Vaccination North-Western Provinces 1866-1877 - 1866-1877
Year: 1866
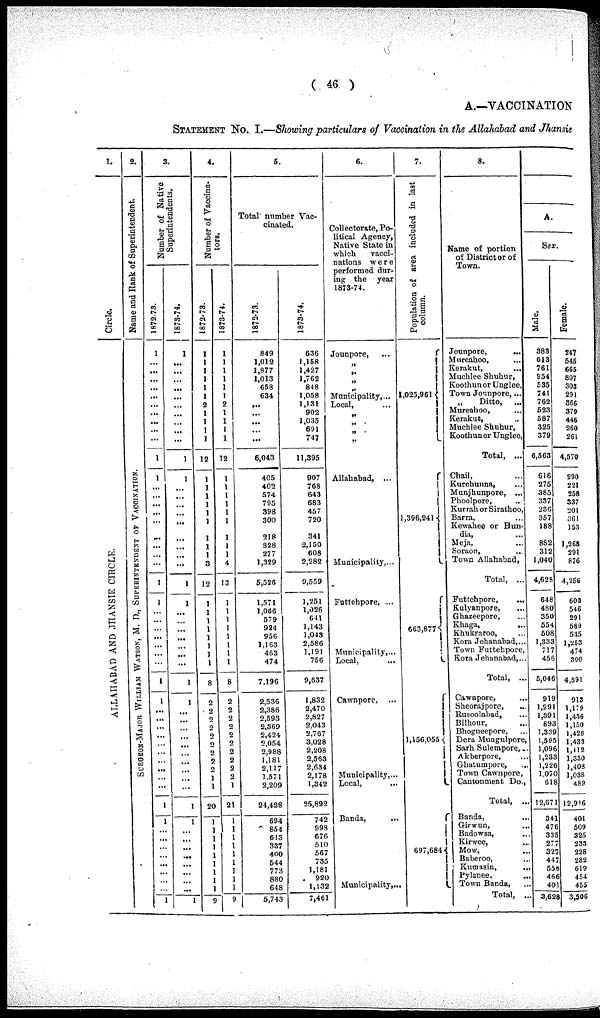
( 46 )
A.—VACCINATION
STATEMENT No. I.—Showing particulars of Vaccination in the Allahabad and Jhansie
1.
Circle.
ALLAHABAD
AND JHANSIE CIRCLE.
2.
Name and Rank of Superintendent.
SURGEON-MAJOR
WILLIAM WATSON, M.D., SUPERINTENDENT OF VACCINATION.
3.
Number of Native
Superintendents.
1872-73.
1
...
...
...
...
...
...
...
...
...
...
1
1
...
...
...
...
...
...
...
...
...
1
1
...
...
...
...
...
...
...
1
1
...
...
...
...
...
...
...
...
...
...
1
1
...
...
...
...
...
...
...
...
1
1873-74.
1
...
...
...
...
...
...
...
...
...
...
1
1
...
...
...
...
...
...
...
...
...
1
1
...
...
...
...
...
...
...
1
1
...
...
...
...
...
...
...
...
...
...
1
1
...
...
...
...
...
...
...
...
1
4.
Number of Vaccina-
tors.
1872-73.
1
1
1
1
1
1
2
1
1
1
1
12
1
1
1
1
1
1
1
1
1
3
12
1
1
1
1
1
1
1
1
8
2
2
2
2
2
2 2
2
2
1
1
20
1
1
1
1
1
1
1
1
1
9
1873-74.
1
1
1
1
1
1
2
1
1
1
1
12
1
1
1
1
1
1
1
1
1
4
13
1
1
1
1
1
1
1
1
8
2
2
2
2
2
2
2
2
2
2
1
21
1
1
1
1
1
1
1
1
1
9
5.
Total number Vac-
cinated.
1872-73.
849
1,012
1,877
1,013
658
634
...
...
...
...
...
6,043
405
402
574
795
398
300
218
328
277
1,329
5,526
1,571
1,066
579
924
956
1,163
463
474
7,196
2,536
2,386
2,593
2,369
2,424
2,054
2,988
1,181
2,117
1,571
2,209
24,428
694
854
613
337
400
544
773
880
648
5,743
1873-74.
636
1,158
1,427
1,762
848
1,058
1,131
902
1,035
691
747
11,395
907
768
643
683
457
720
341
2,150
608
2,282
9,559
1,251
1,026
641
1,143
1,048
2,586
1,191
756
9,637
1,832
2,470
2,827
2,043
2,767
3,028
2,208
2,563
2,634
2,178
1,342
25,892
742
998
676
510
567
735
1,181
920
1,132
7,461
6.
Collectorate, Po-
litical Agency,
Native State in
which.
vacci-
nations were
performed dur-
ing the year
1873-74.
Jounpore, ...
„
„
„
„
Municipality, ...
Local,
...
„
„
„
„
Allahabad, ...
Municipality,...
Futtehpore, ...
Muncipality, ...
Local, ...
Cawnporc, ...
Municipality,...
Local, ...
Banda, ...
Municipality...
7.
Population of area included in last
column.
1,025,961
1,396,241
663,877
1,156,055
697,684
8.
Name of portion
of District or of
Town.
Jounpore,
...
Mureahoo, ...
Kerakut, ...
Muchlee Shuhur,
Koothun or Unglee,
Town Jounpore,...
„
Ditto, ...
Mureahoo, ...
Kerakut, ...
Muchlee Shuhur,
Koothun or Unglee,
Total, ...
Chail, ...
Kurchunna, ...
Munjhunpore, ...
Phoolpore, ...
Kurrah or Sirathoo,
Barra, ...
Kewahee or Hun-
dia, ...
Meja, ...
Soraon, ...
Town Allahabad,
Total, ...
Futtehpore, ...
Kulyanpore, ...
Ghazeepore,
Khaga, ...
Khukraroo, ...
Kora Jehanabad,...
Town Futtehpore,
Kora Jehanabad,...
Total, ...
Cawnpore, ...
Sheorajpore, ...
Rusoolabad, ...
Bilhour, ...
Bhogneepore, ...
Dera Mungulpore
Sarh Sulempore, ...
Akberpore, ...
Ghatumpore, ...
Town Cawnpore,
Cantonment Do.,
Total,...
Banda, ...
Girwun, ...
Badowsa, ...
Kirwee, ...
Mow, ...
Baberoo,...
Kumasin, ...
Pylanee, ...
Town Banda, ...
Total, ...
A.
Sex.
Male.
383
613
761
954
535
741
762
523
587
325
379
6,563
616
275
385
337
236
357
188
882
312
1,040
4,623
648
480
350
554
508
1,333
717
456
5,046
919
1,291
1,391
893
1,339
l,595
1,096
1,233
1,226
1,070
618
12,671
341
476
335
277
327
447
558
466
401
3,628
Female.
247
545
665
807
303
291
366
379
446
260
261
4,570
290
221
258
337
201
361
153
1,268
291
876
4,256
608
546
291
589
535
1,263
474
300
4,591
913
1,179
1,436
1,150
1,428
1,433
1,112
1,330
1,408
1,038
489
12,916
401
509
325
233
228
282
619
454
455
3,506